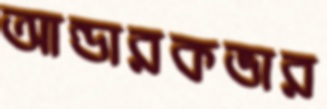
আন্ডারকভার